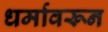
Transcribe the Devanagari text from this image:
धर्मावरून